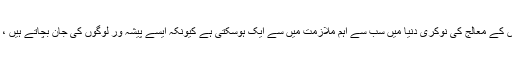
جیسا کہ پہلے ہی بیان ہوا ہے کہ سانس کے معالج کی نوکری دنیا میں سب سے اہم ملازمت میں سے ایک ہوسکتی ہے کیونکہ ایسے پیشہ ور لوگوں کی جان بچاتے ہیں ، لیکن یہ یقینی بات ہے کہ یہ آسان ہے۔